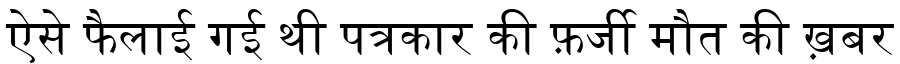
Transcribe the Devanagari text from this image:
ऐसे फैलाई गई थी पत्रकार की फ़र्जी मौत की ख़बर